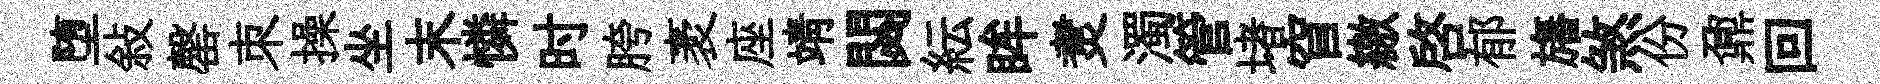
堕敍罄朿操坐末憐时胯袤座靖閟紜眸煑濁管堵窅繳啓郁旛煞份鼐回